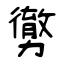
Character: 勶